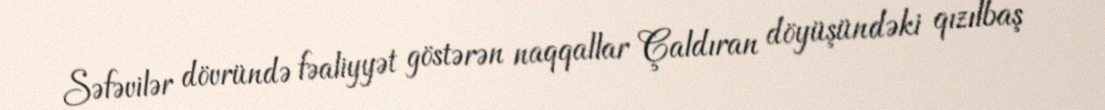
Səfəvilər dövründə fəaliyyət göstərən naqqallar Çaldıran döyüşündəki qızılbaş